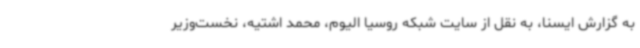
به گزارش ایسنا، به نقل از سایت شبکه روسیا الیوم، محمد اشتیه، نخست‌وزیر